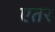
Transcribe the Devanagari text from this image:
एतर